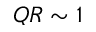
Q R \sim 1